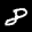
Label: 8